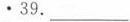
39._________